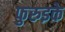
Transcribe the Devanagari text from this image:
फुरुइके